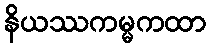
နိယဿကမ္မကထာ